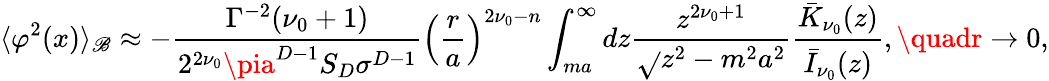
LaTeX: \langle\varphi^{2}(x)\rangle_{\mathscr{B}}\approx-\frac{{\Gamma^{-2}(\nu_{0}+1)}}{{2^{2\nu_{0}}\pia^{D-1}S_{D}\sigma^{D-1}}}\left(\frac{{r}}{{a}}\right)^{2\nu_{0}-n}\int_{ma}^{\infty}dz\frac{{z^{2\nu_{0}+1}}}{{\sqrt{}{{z^{2}-m^{2}a^{2}}}}}\frac{{\bar{{K}}_{\nu_{0}}(z)}}{{\bar{{I}}_{\nu_{0}}(z)}},\quadr\to0,